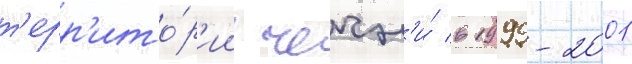
т'ерр'ито́р'ии чечн'и́ в 1999-2001